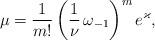
LaTeX: \begin{align*} \mu = \frac{1}{m!}\left(\frac{1}{\nu}\, \omega_{-1}\right)^m e^{\varkappa}, \end{align*}